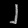
Digit: ၂